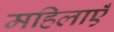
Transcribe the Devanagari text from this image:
महिलाएंँ